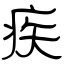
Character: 疾